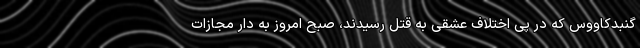
گنبدکاووس که در پی اختلاف عشقی به قتل رسیدند، صبح امروز به دار مجازات